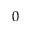
0